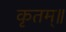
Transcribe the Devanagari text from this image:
कृतम्॥